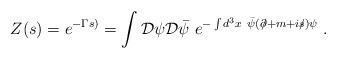
LaTeX: \begin{align*}Z(s)=e^{-\Gamma s)}=\int {\cal D}\psi {\cal D}\bar{\psi}~e^{-\int d^3x~\bar{\psi}(\partial \!\!\!/+m+is\!\!\!/)\psi }\;. \end{align*}